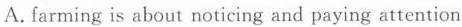
A.farming is about noticing and paying attention